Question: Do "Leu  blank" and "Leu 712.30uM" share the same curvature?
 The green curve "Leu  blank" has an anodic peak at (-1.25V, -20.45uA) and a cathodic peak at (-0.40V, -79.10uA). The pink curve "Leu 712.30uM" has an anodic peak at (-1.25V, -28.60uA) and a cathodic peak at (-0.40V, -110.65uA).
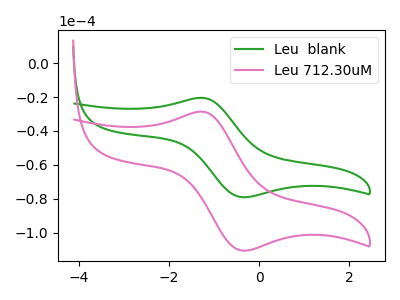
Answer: <think>All the peaks in "Leu  blank" have a peak in "Leu 712.30uM" at the same potential.
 </think>
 <answer>"Leu  blank" and "Leu 712.30uM" are similar in shape.</answer>
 <eval>same_shape</eval>